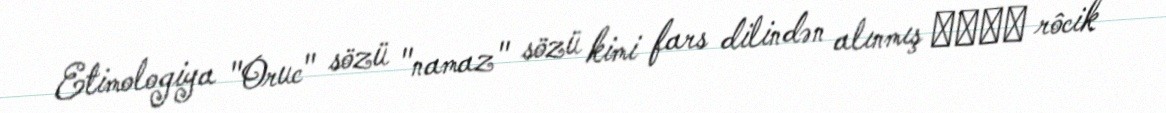
Etimologiya "Oruc" sözü "namaz" sözü kimi fars dilindən alınmış روجك rôcik